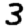
Digit: 3